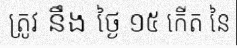
ត្រូវ នឹង ថ្ងៃ ១៥ កើត នៃ